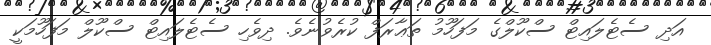
އަދި ސެޓެލައިޓް ސްކޫލްގެ މަފަހޫމު ތަޢާރަފް ކުރެވުނެވެ. ދިވެހި ސެޓެލައިޓް ސްކޫލް މަފަހޫމަކީ